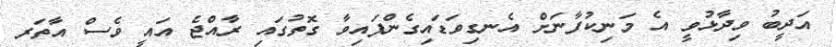
އަދީބު ވިދާޅުވީ އެ މަނިކުފާނަށް އެނގިވަޑައިގެންފައިވާ ގޮތުގައި ރާއްޖެ އައީ ވެސް އާތަރ